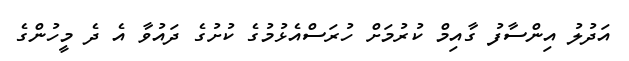
އަދުލު އިންސާފު ގާއިމް ކުރުމަށް ހުރަސްއެޅުމުގެ ކުށުގެ ދައުވާ އެ ދެ މީހުންގެ